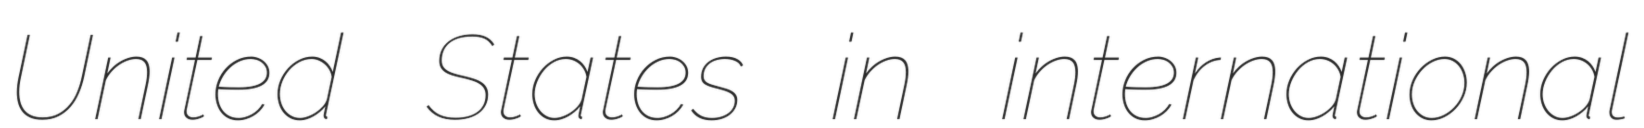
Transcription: United States in international